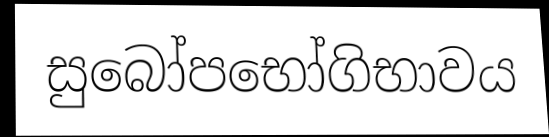
සුබෝපභෝගිභාවය